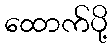
ထောက်ပို့